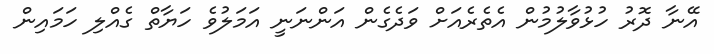
އޭނާ ދޮރު ހުޅުވާލުމުން އެތެރެއަށް ވަދެގެން އަންނަނީ އަމަލުވެ ހަޔާތް ގެއްލި ހަމައިން